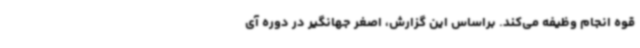
قوه انجام وظیفه می‌کند. براساس این گزارش، اصغر جهانگیر در دوره آی